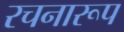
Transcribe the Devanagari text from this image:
रचनारूप